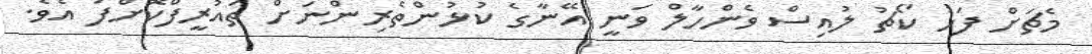
މެޗަށް ފަހު ކޯޗު ލުއިސް ވެންހާލް ވަނީ އޭނާގެ ކުޅުންތެރިންނަށް ތައުރީފްކޮށްފަ އެވެ.